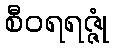
စီဝရရဇ္ဇုံ